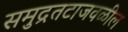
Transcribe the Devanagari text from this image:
समुद्रतटाजवळील